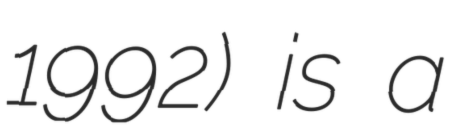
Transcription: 1992) is a